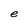
Character: e